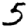
Digit: 5